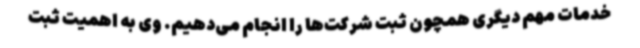
خدمات مهم دیگری همچون ثبت شرکت‌ها را انجام می‌دهیم. وی به اهمیت ثبت